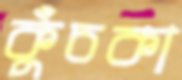
কুঁচকা